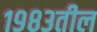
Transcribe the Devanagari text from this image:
१९८३तील